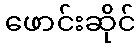
ဖောင်းဆိုင်